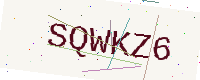
Text: SQWKZ6